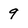
Character: 9